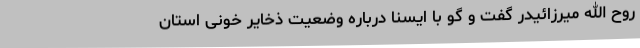
روح الله میرزائیدر گفت و گو با ایسنا درباره وضعیت ذخایر خونی استان